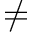
\neq